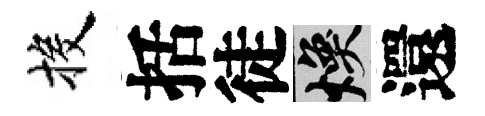
投括徒焕還